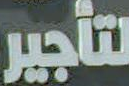
لتأجير